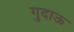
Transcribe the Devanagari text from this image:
गुदाऊ